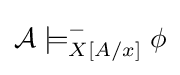
{\mathcal {A}}\models _{X[A/x]}^{-}\phi